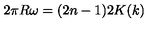
2 \pi R \omega = ( 2 n - 1 ) 2 K ( k )